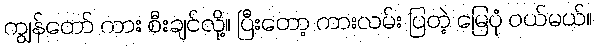
ကျွန်တော် ကား စီးချင်လို့။ ပြီးတော့ ကားလမ်း ပြတဲ့ မြေပုံ ဝယ်မယ်။